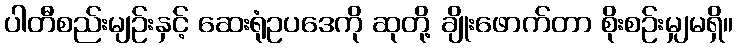
ပါတီစည်းမျဉ်းနှင့် ဆေးရုံဥပဒေကို ဆုတို့ ချိုးဖောက်တာ စိုးစဉ်းမျှမရှိ။